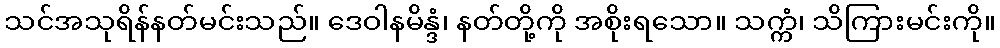
သင်အသုရိန်နတ်မင်းသည်။ ဒေဝါနမိန္ဒံ၊ နတ်တို့ကို အစိုးရသော။ သက္ကံ၊ သိကြားမင်းကို။